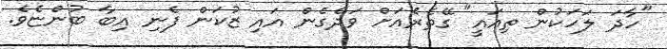
"ހާދަ ލަހަކުން ތިއައީ" ގޭތެރެއަށް ވަދެގެން އައި ޒުކަން ފެނި އިބާ ބުންޏެވެ.